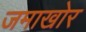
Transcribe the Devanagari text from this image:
जमाखोर